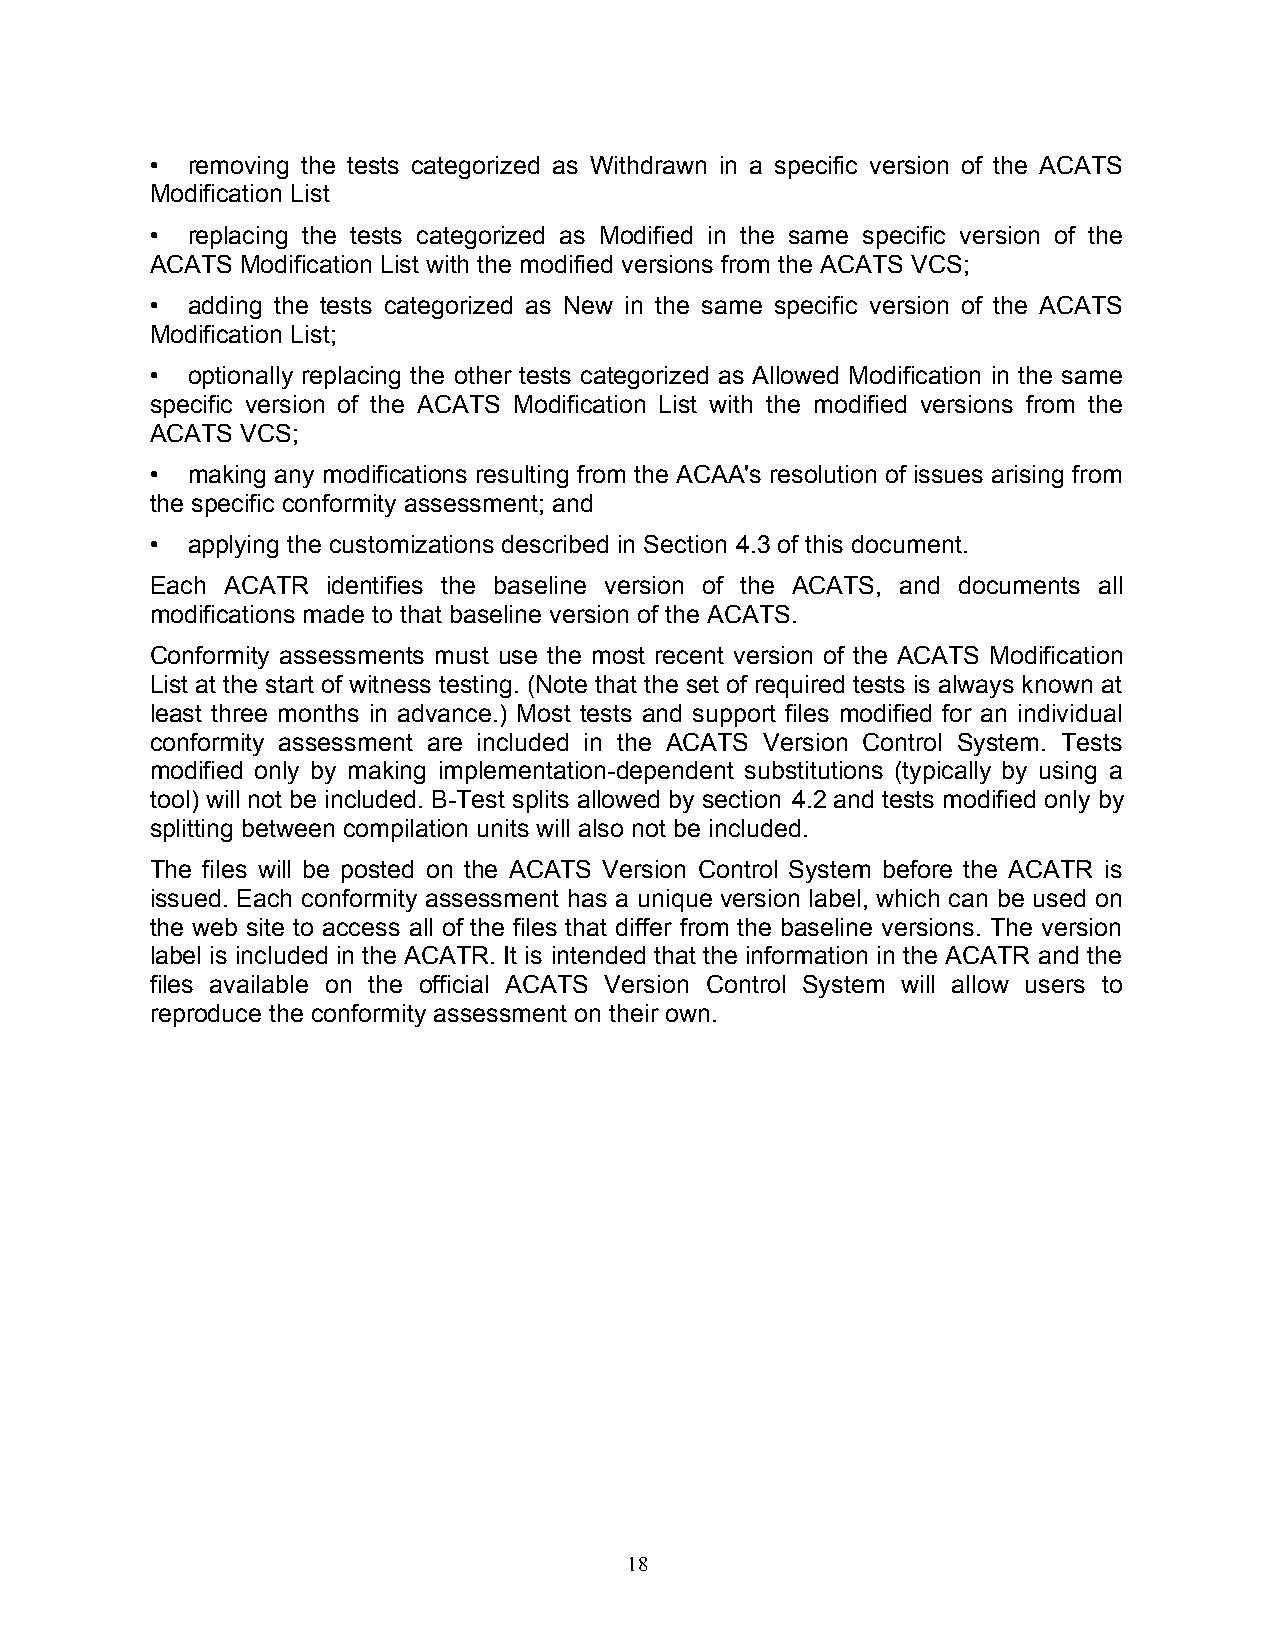
• removing the tests categorized as Withdrawn in a specific version of the ACATS
 Modification List
 • replacing the tests categorized as Modified in the same specific version of the
 ACATS Modification List with the modified versions from the ACATS VCS;
 • adding the tests categorized as New in the same specific version of the ACATS
 Modification List;
 • optionally replacing the other tests categorized as Allowed Modification in the same
 specific version of the ACATS Modification List with the modified versions from the
 ACATS VCS;
 • making any modifications resulting from the ACAA's resolution of issues arising from
 the specific conformity assessment; and
 • applying the customizations described in Section 4.3 of this document.
 Each ACATR  identifies the baseline version of the ACATS, and documents all
 modifications made to that baseline version of the ACATS.
 Conformity assessments must use the most recent version of the ACATS Modification
 List at the start of witness testing. (Note that the set of required tests is always known at
 least three months in advance.) Most tests and support files modified for an individual
 conformity assessment are included in the ACATS Version Control System. Tests
 modified only by making implementation-dependent substitutions (typically by using a
 tool) will not be included. B-Test splits allowed by section 4.2 and tests modified only by
 splitting between compilation units will also not be included.
 The files will be posted on the ACATS Version Control System before the ACATR is
 issued. Each conformity assessment has a unique version label, which can be used on
 the web site to access all of the files that differ from the baseline versions. The version
 label is included in the ACATR. It is intended that the information in the ACATR and the
 files available on the official ACATS Version Control System will allow users to
 reproduce the conformity assessment on their own.
 18